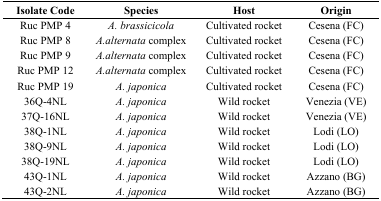
<table><thead><tr><td><b>Isolate Code</b></td><td><b>Species</b></td><td><b>Host</b></td><td><b>Origin</b></td></tr></thead><tbody><tr><td>Ruc PMP 4</td><td><i>A. brassicicola</i></td><td>Cultivated rocket</td><td>Cesena (FC)</td></tr><tr><td>Ruc PMP 8</td><td><i>A.alternata</i> complex</td><td>Cultivated rocket</td><td>Cesena (FC)</td></tr><tr><td>Ruc PMP 9</td><td><i>A.alternata</i> complex</td><td>Cultivated rocket</td><td>Cesena (FC)</td></tr><tr><td>Ruc PMP 12</td><td><i>A.alternata</i> complex</td><td>Cultivated rocket</td><td>Cesena (FC)</td></tr><tr><td>Ruc PMP 19</td><td><i>A. japonica</i></td><td>Cultivated rocket</td><td>Cesena (FC)</td></tr><tr><td>36Q-4NL</td><td><i>A. japonica</i></td><td>Wild rocket</td><td>Venezia (VE)</td></tr><tr><td>37Q-16NL</td><td><i>A. japonica</i></td><td>Wild rocket</td><td>Venezia (VE)</td></tr><tr><td>38Q-1NL</td><td><i>A. japonica</i></td><td>Wild rocket</td><td>Lodi (LO)</td></tr><tr><td>38Q-9NL</td><td><i>A. japonica</i></td><td>Wild rocket</td><td>Lodi (LO)</td></tr><tr><td>38Q-19NL</td><td><i>A. japonica</i></td><td>Wild rocket</td><td>Lodi (LO)</td></tr><tr><td>43Q-1NL</td><td><i>A. japonica</i></td><td>Wild rocket</td><td>Azzano (BG)</td></tr><tr><td>43Q-2NL</td><td><i>A. japonica</i></td><td>Wild rocket</td><td>Azzano (BG)</td></tr></tbody></table>